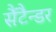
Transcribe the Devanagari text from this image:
सैंटैन्डर